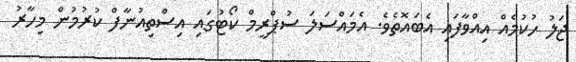
ޖަލު ހުކުމެއް އިއްވާފައި އެބައޮތެވެ. އެމައްސަލަ ސުޕްރީމް ކޯޓުގައި އިސްތިއުނާފް ކުރުމުން މިހާރު